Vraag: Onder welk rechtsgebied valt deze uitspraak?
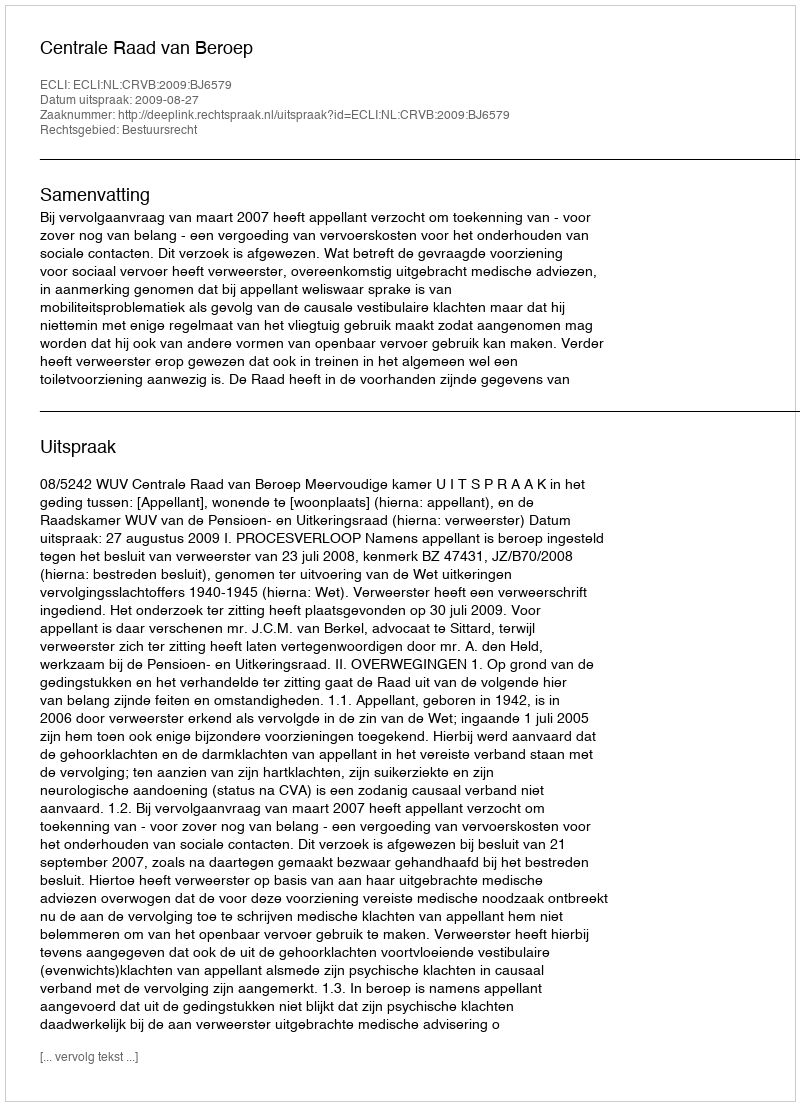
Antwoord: Bestuursrecht